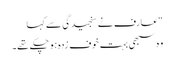
“ عارف نے سنجیدگی سے کہا
وہ سبھی بہت خوف زدہ ہو چکے تھے۔